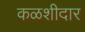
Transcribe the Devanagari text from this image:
कळशीदार